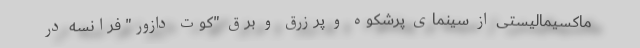
ماکسیمالیستی از سینمای پرشکوه و پرزرق و برق "کوت دازور" فرانسه در